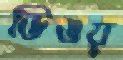
ডিঙয়